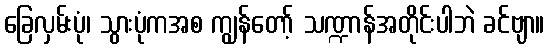
ခြေလှမ်းပုံ၊ သွားပုံကအစ ကျွန်တော့် သဏ္ဍာန်အတိုင်းပါဘဲ ခင်ဗျာ။